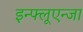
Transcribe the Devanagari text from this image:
इन्फ्लूएन्जा